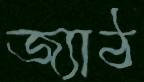
জ্যাঠ